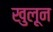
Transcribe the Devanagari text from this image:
खुलून